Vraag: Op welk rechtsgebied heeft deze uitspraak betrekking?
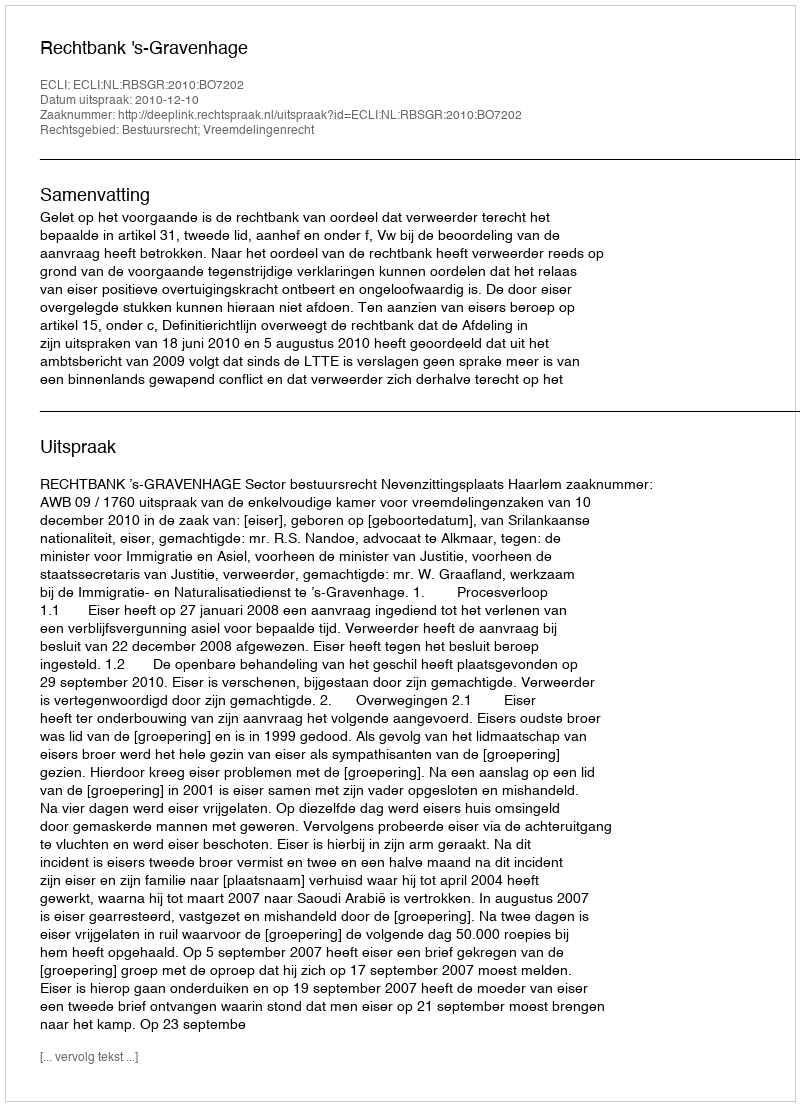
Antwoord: Bestuursrecht; Vreemdelingenrecht